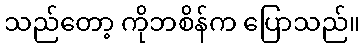
သည်တော့ ကိုဘစိန်က ပြောသည်။